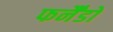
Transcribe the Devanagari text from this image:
फर्नैंडो